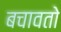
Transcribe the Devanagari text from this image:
बचावतो